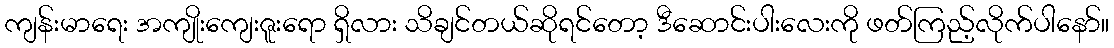
ကျန်းမာရေး အကျိုးကျေးဇူးရော ရှိလား သိချင်တယ်ဆိုရင်တော့ ဒီဆောင်းပါးလေးကို ဖတ်ကြည့်လိုက်ပါနော်။